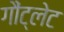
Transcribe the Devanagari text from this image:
गौंट्लेट